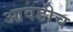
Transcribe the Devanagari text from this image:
आवडीच